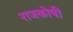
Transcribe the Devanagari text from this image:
राजकोषी